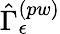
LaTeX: \hat{\Gamma}_{\epsilon}^{\left(pw\right)}